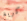
كريغ